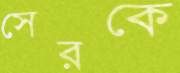
সেরকে